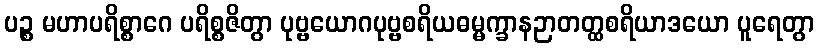
ပဉ္စ မဟာပရိစ္စာဂေ ပရိစ္စဇိတွာ ပုဗ္ဗယောဂပုဗ္ဗစရိယဓမ္မက္ခာနဉာတတ္ထစရိယာဒယော ပူရေတွာ